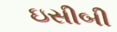
ઇસીબી